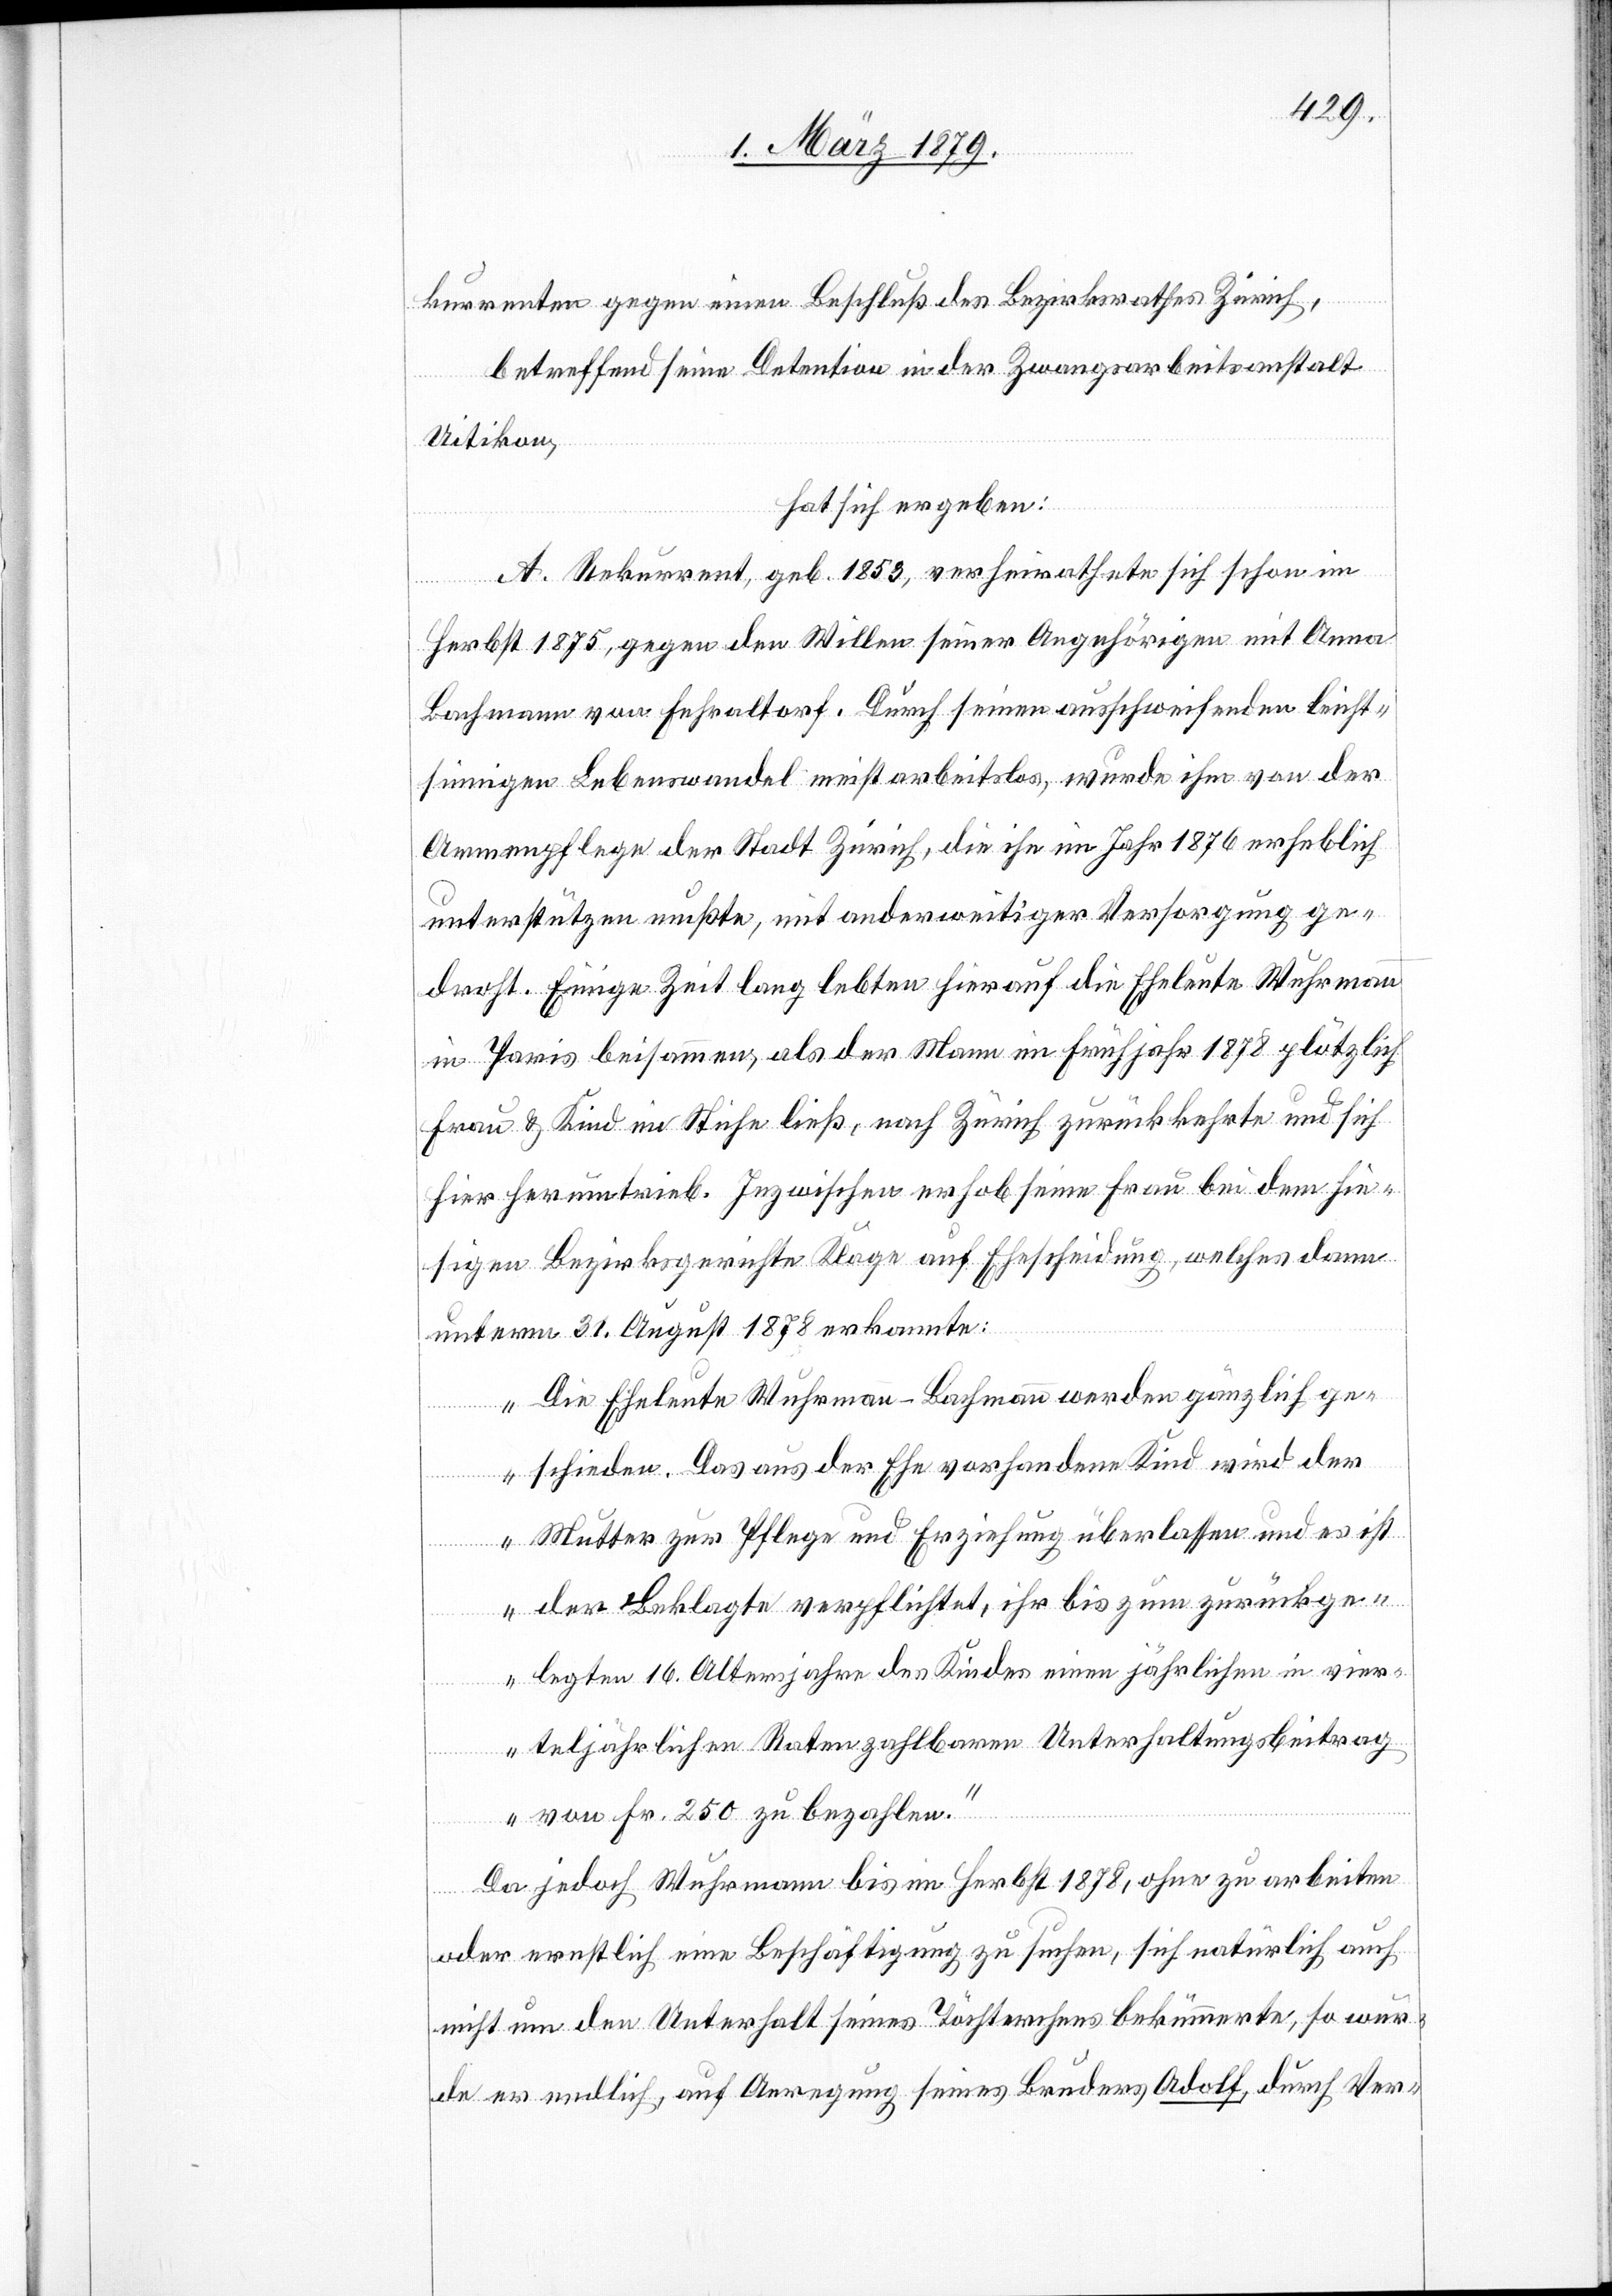
kurrenten gegen einen Beschluß des Bezirksrathes Zürich,
betreffend seine Detention in der Zwangsarbeitsanstalt
Uitikon,
hat sich ergeben:
A. Rekurrent, geb. 1853, verheirathete sich schon im
Herbst 1875, gegen den Willen seiner Angehörigen mit Anna
Bachmann von Fehraltorf. Durch seinen ausschweifenden leicht¬
sinnigen Lebenswandel meist arbeitslos, wurde ihm von der
Armenpflege der Stadt Zürich, die ihn im Jahr 1876 erheblich
unterstützen mußte, mit anderweitiger Versorgung ge¬
droht. Einige Zeit lang lebten hierauf die Eheleute Wuhrmann
in Paris beisammen, als der Mann im Frühjahr 1878 plötzlich
Frau & Kind im Stiche ließ, nach Zürich zurückkehrte und sich
hier herumtrieb. Inzwischen erhob seine Frau bei dem hie¬
sigen Bezirksgerichte Klage auf Ehescheidung, welches dann
unterm 31. August 1878 erkannte:
„Die Eheleute Wuhrmann-Bachmann werden gänzlich ge¬
schieden. Das aus der Ehe vorhandene Kind wird der
Mutter zur Pflege und Erziehung überlassen und es ist
der Beklagte verpflichtet, ihr bis zum zurückge¬
legten 16. Altersjahr des Kindes einen jährlichen in vier¬
teljährlichen Raten zahlbaren Unterhaltungsbeitrag
von Fr. 250 zu bezahlen.“
Da jedoch Wuhrmann bis im Herbst 1878, ohne zu arbeiten
oder ernstlich eine Beschäftigung zu suchen, sich natürlich auch
nicht um den Unterhalt seines Töchterchens bekümmerte, so wur¬
de er endlich, auf Anregung seines Bruders Adolf, durch Ver-